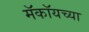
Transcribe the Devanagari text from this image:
मॅकॉयच्या